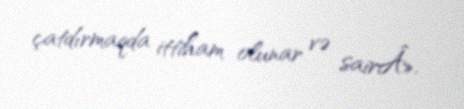
çatdırmaqda ittiham olunar və sairÂ».